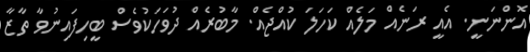
އޮންނަނީ. އެއީ ރަނެއް މަލެއް ކަހަލަ ކުއްޖެއް. މާބުރެއް ދުވަހަކުވެސް ބީހިފައިނުވާ ތާޒާ